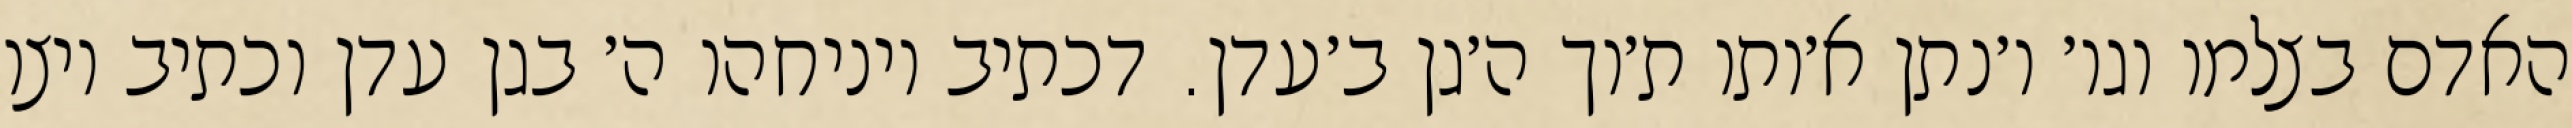
האדם בצלמו וגו׳ ו׳נתן א׳ותו ת׳וך ה׳גן ב׳עדן. דכתיב ויניחהו ה׳ בגן עדן וכתיב ויצו